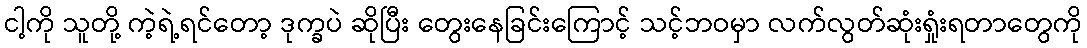
ငါ့ကို သူတို့ ကဲ့ရဲ့ရင်တော့ ဒုက္ခပဲ ဆိုပြီး တွေးနေခြင်းကြောင့် သင့်ဘဝမှာ လက်လွတ်ဆုံးရှုံးရတာတွေကို